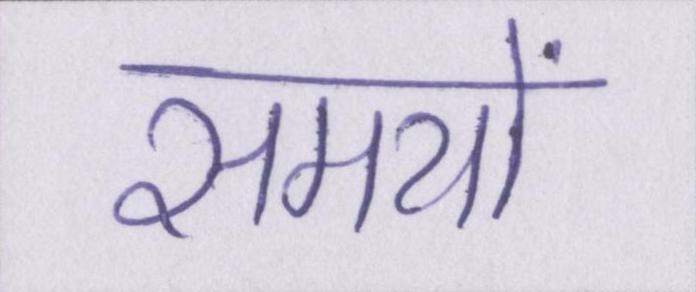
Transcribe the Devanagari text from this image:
समयों